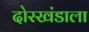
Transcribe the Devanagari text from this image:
दोरखंडाला